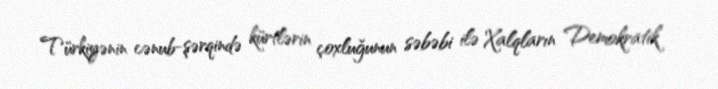
Türkiyənin cənub-şərqində kürtlərin çoxluğunun səbəbi ilə Xalqların Demokratik